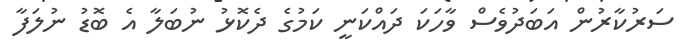
ސަރުކާރުން އަބަދުވެސް ވާހަކަ ދައްކަނީ ކަމުގެ ދެކޮޅު ނުބަލާ އެ ބޮޑު ނުލަފާ